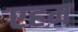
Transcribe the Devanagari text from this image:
एहम